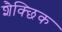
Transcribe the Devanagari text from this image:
शैक्छिक